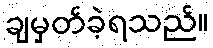
ချမှတ်ခဲ့ရသည်။